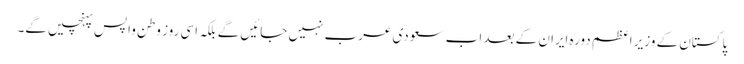
پاکستان کے وزیر اعظم دورہ ایران کے بعد اب سعودی عرب نہیں جائیں گے بلکہ اسی روز وطن واپس پہنچیں گے۔